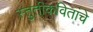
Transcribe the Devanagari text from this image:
स्तुतीकवितांचे